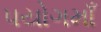
પયોગમાઁ